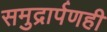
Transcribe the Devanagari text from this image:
समुद्रार्पणही